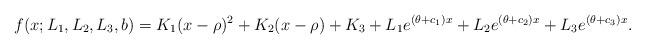
LaTeX: \begin{align*}f(x;L_1,L_2,L_3,b)=K_1(x-\rho)^2 + K_2(x-\rho) +K_3 +L_1e^{(\theta+c_1) x}+ L_2e^{(\theta+c_2) x}+ L_3e^{(\theta+c_3) x}.\end{align*}